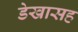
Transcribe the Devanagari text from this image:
डेखासह